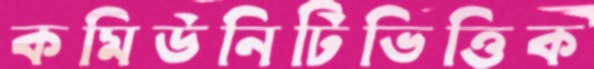
কমিউনিটিভিত্তিক